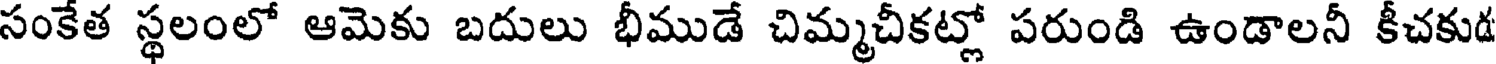
సంకేత స్థలంలో ఆమెకు బదులు భీముడే చిమ్మచీకట్లో పరుండి ఉండాలనీ కీచకుడ